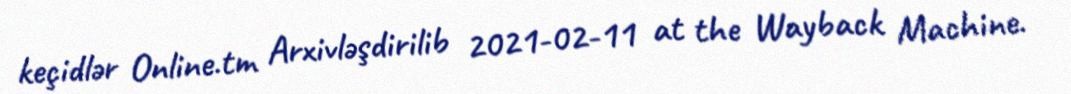
keçidlər Online.tm Arxivləşdirilib 2021-02-11 at the Wayback Machine.